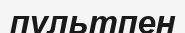
пультпен